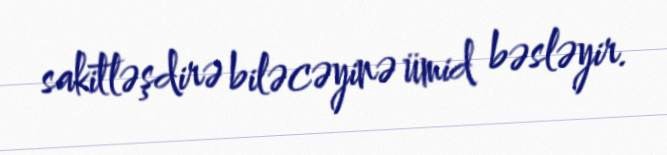
sakitləşdirə biləcəyinə ümid bəsləyir.